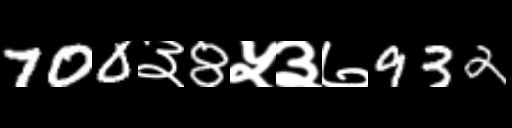
Text: 700३8५३७932